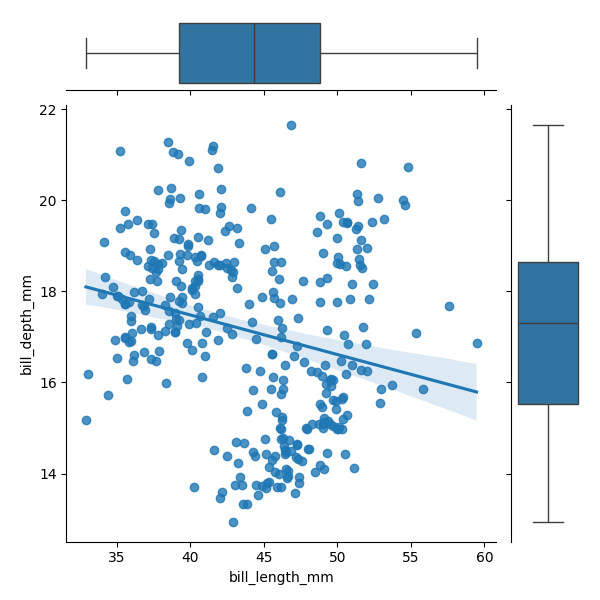
python, seaborn, JointGrid, regplot, boxplot